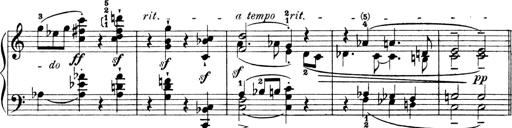
Title: 4 Sonatines
Composer: Max Reger